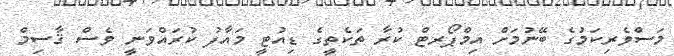
މަސްވެރިކަމުގެ ބޭނުމަށް އިމްޕޯރޓް ކުރާ ތަކެތީގެ ޑިއުޓީ މައާފު ކުރައްވަނީ ވެސް ޤާސިމް